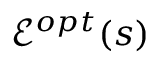
\mathcal { E } ^ { o p t } ( s )